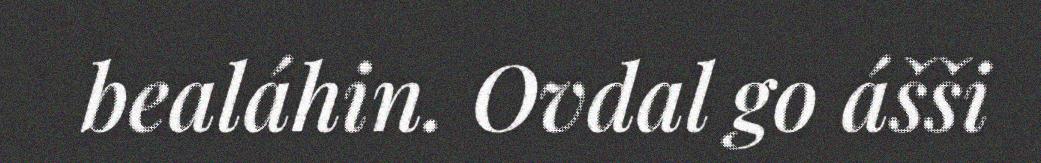
bealáhin. Ovdal go ášši